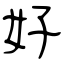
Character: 好